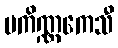
ပကိဏ္ဏကေသီ